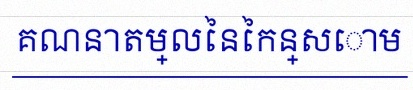
គណនាតម្លៃនៃកន្សោម